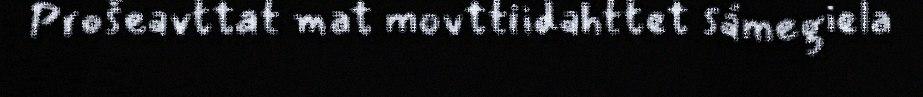
Prošeavttat mat movttiidahttet sámegiela